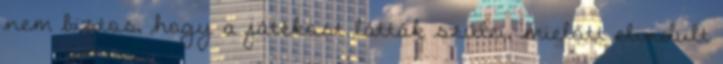
nem biztos, hogy a játékost látták szülei, mielőtt elindult